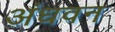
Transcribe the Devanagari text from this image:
अंधवन